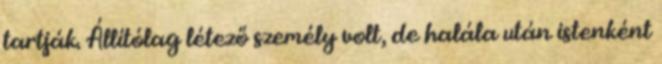
tartják. Állítólag létező személy volt, de halála után istenként